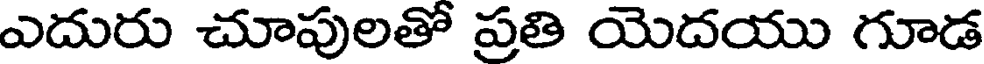
ఎదురు చూపులతో ప్రతి యెదయు గూడ